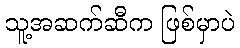
သူ့အဆက်ဆီက ဖြစ်မှာပဲ